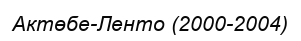
Актөбе-Ленто (2000-2004)